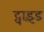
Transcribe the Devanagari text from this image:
ट्वाइंड